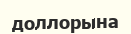
доллорына